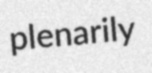
plenarily